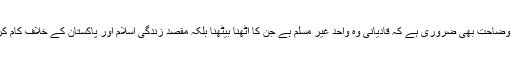
یہاں یہ وضاحت بھی ضروری ہے کہ قادیانی وہ واحد غیر مسلم ہے جن کا اٹھنا بیٹھنا بلکہ مقصد زندگی اسلام اور پاکستان کے خلاف کام کرنا ہے۔